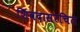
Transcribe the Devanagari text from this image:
शिवदासरचित